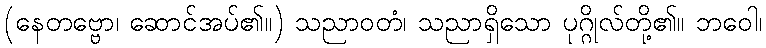
(နေတဗ္ဗော၊ ဆောင်အပ်၏။) သညာဝတံ၊ သညာရှိသော ပုဂ္ဂိုလ်တို့၏။ ဘဝေါ၊